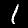
Digit: 1